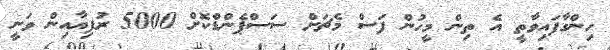
ހިންގާފައިވާތީ އެ ތިން މީހުން ފަސް މެޗަށް ސަސްޕެންޑްކޮށް 5000 ރުފިޔާއިން ވަނީ